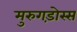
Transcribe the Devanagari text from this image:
मुरुगड़ोस्स